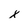
Character: x